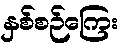
နှစ်စဉ်ကြေး